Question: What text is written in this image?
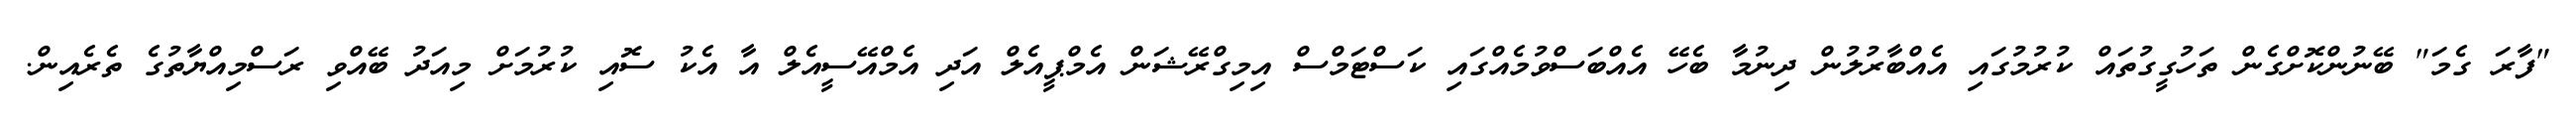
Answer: "ފާރަ ގެމަ" ބޭނުންކޮށްގެން ތަހުގީގުތައް ކުރުމުގައި އެއްބާރުލުން ދިނުމާ ބެހޭ އެއްބަސްވުމެއްގައި ކަސްޓަމްސް އިމިގްރޭޝަން އެމްޕީއެލް އަދި އެމްއޭސީއެލް އާ އެކު ސޮއި ކުރުމަށް މިއަދު ބޭއްވި ރަސްމިއްޔާތުގެ ތެރެއިން.